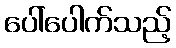
ပေါ်ပေါက်သည့်